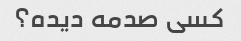
کسی صدمه دیده؟